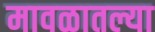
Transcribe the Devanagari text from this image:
मावळातल्या